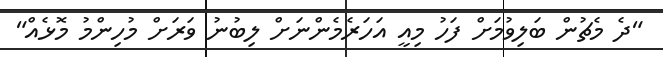
"ދެ މެޗުން ބަލިވުމަށް ފަހު މިއީ އަހަރެމެންނަށް ލިބުނު ވަރަށް މުހިންމު މޮޅެއް"